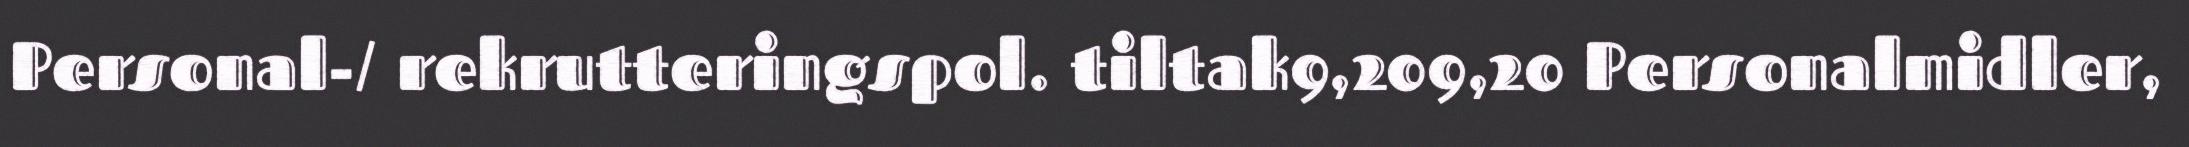
Personal-/ rekrutteringspol. tiltak9,209,20 Personalmidler,